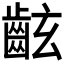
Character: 𪗰